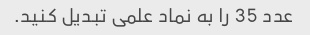
عدد 35 را به نماد علمی تبدیل کنید.